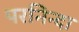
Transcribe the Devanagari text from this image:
परनिन्दा